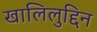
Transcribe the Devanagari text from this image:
खालिलुद्दिन